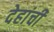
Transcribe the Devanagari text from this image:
देहांची